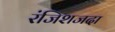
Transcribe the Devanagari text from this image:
रंजिशजदा